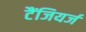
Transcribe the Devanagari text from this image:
टैंजियर्ज